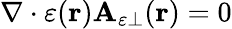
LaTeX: \nabla\cdot\varepsilon(\mathbf{r})\mathbf{A}_{\varepsilon\perp}(\mathbf{r})=0